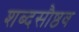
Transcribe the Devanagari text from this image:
शब्दसौष्ठव